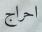
احراج